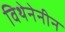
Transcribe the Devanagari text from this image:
विथेनेनीन